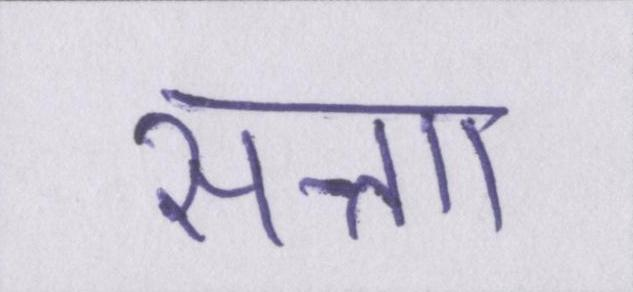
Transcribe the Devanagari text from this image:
सत्ताा